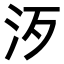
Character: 𣲠